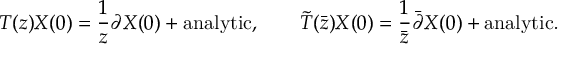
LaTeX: T ( z ) X ( 0 ) = \frac { 1 } { z } \partial X ( 0 ) + \mathrm { a n a l y t i c } , \qquad \tilde { T } ( \bar { z } ) X ( 0 ) = \frac { 1 } { \bar { z } } \bar { \partial } X ( 0 ) + \mathrm { a n a l y t i c } .